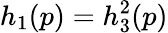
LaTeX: h_{1}(p)=h_{3}^{2}(p)